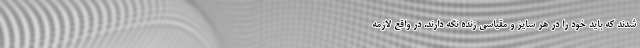
شدند که باید خود را در هر سایز و مقیاسی زنده نگه دارند. در واقع لازمه